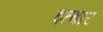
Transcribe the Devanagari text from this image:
इत्बार